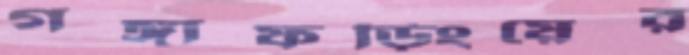
গঙ্গাফড়িংয়ের